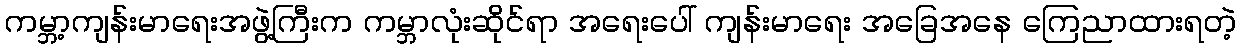
ကမ္ဘာ့ကျန်းမာရေးအဖွဲ့ကြီးက ကမ္ဘာလုံးဆိုင်ရာ အရေးပေါ် ကျန်းမာရေး အခြေအနေ ကြေညာထားရတဲ့